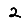
Digit: 2